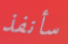
سأنفذ